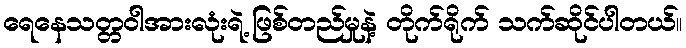
ရေနေသတ္တဝါအားလုံးရဲ့ ဖြစ်တည်မှုနဲ့ တိုက်ရိုက် သက်ဆိုင်ပါတယ်။